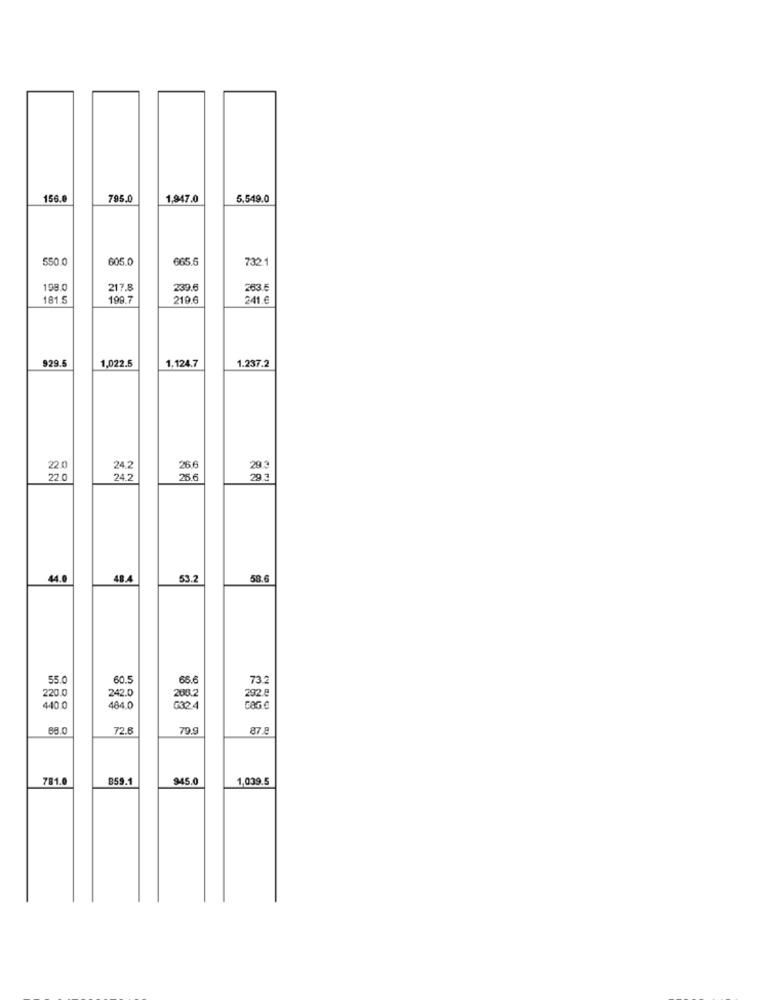
156.0
795.0
1,947.0
5,549.0
550.0
605.0
665.5
732.1
198.
217.8
239.6
181 5
199.7
210 G
241 €
929.
1.022.5
1.124.7
1.237.2
22.0
24.2
26.6
29.
22.0
24.2
25.6
44.0
48.4
53.2
58.6
55.0
60.5
65.6
73.2
220.0
242.0
292 8
208.2
440.0
484.0
632.4
88.0
72.6
79.9
878
781.0
859.1
945.0
1,039.5